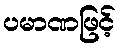
ပမာဏဖြင့်